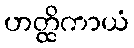
ဟတ္ထိကာယံ